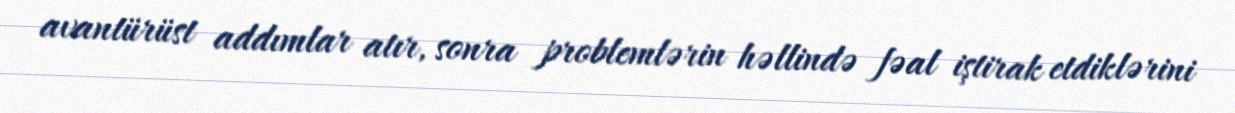
avantürüst addımlar atır, sonra problemlərin həllində fəal iştirak etdiklərini